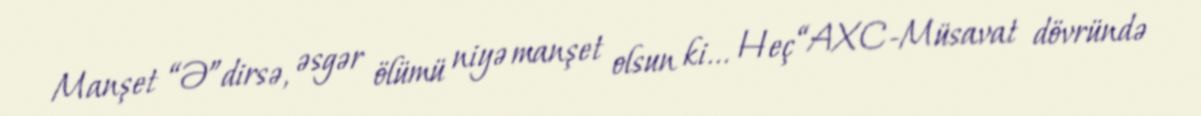
Manşet “Ə”dirsə, əsgər ölümü niyə manşet olsun ki... Heç “AXC-Müsavat dövründə